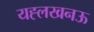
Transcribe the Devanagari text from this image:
यह्लखनऊ